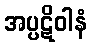
အပ္ပဋိဝါနံ